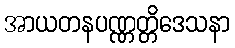
အာယတနပဏ္ဏတ္တိဒေသနာ